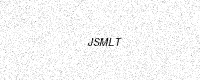
Text: JSMLT